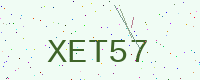
Text: XET57